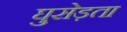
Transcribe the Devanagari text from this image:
घुसेड़ता